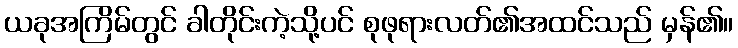
ယခုအကြိမ်တွင် ခါတိုင်းကဲ့သို့ပင် စုဖုရားလတ်၏အထင်သည် မှန်၏။